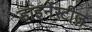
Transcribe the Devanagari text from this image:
डाइनेस्टीज़